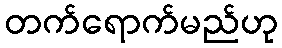
တက်ရောက်မည်ဟု